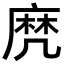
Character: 𪎑